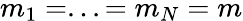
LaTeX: m_{1}=...=m_{N}=m